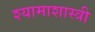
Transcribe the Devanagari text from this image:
श्यामाशास्त्री